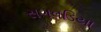
સગવડિયા